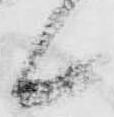
候